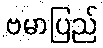
ဗမာပြည်